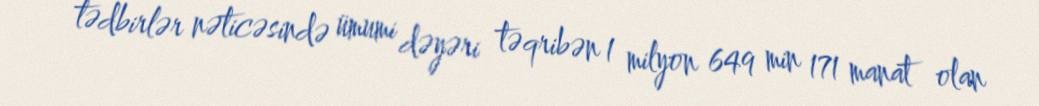
tədbirlər nəticəsində ümumi dəyəri təqribən 1 milyon 649 min 171 manat оlan